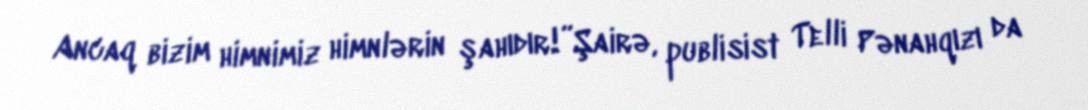
Ancaq bizim himnimiz himnlərin şahıdır!”Şairə, publisist Telli Pənahqızı da